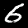
Digit: 6